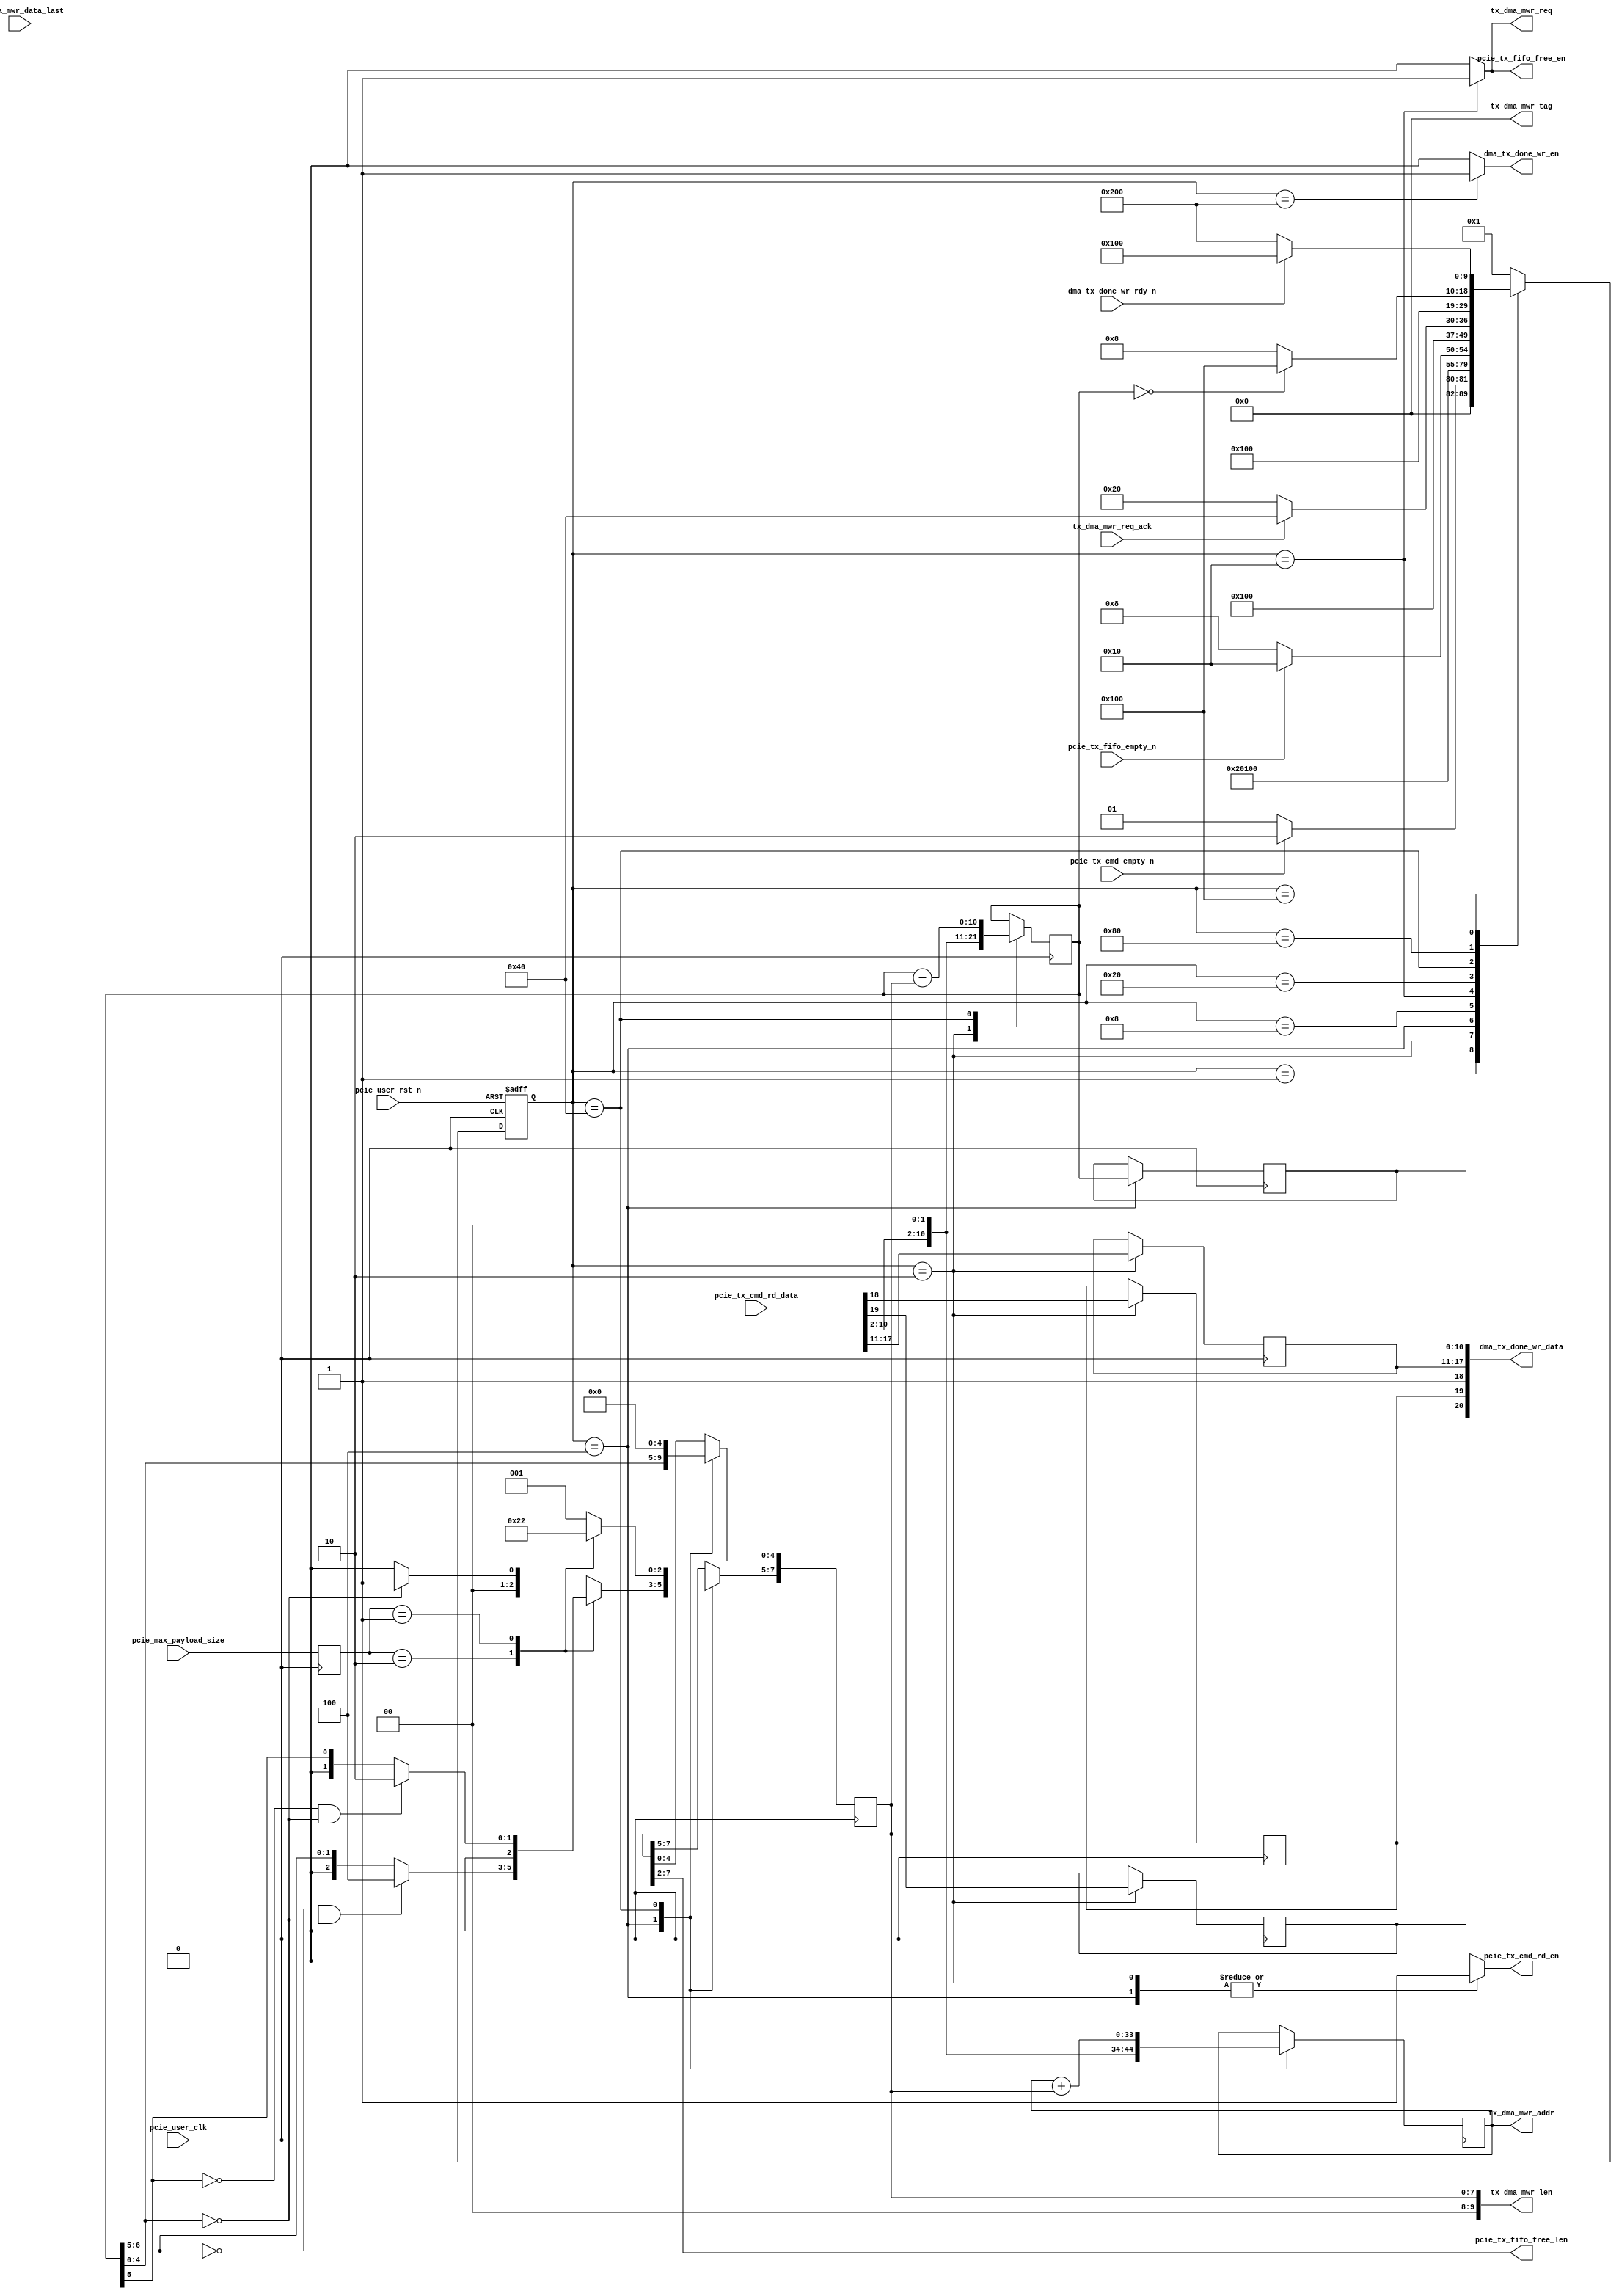

/*
----------------------------------------------------------------------------------
Copyright (c) 2013-2014

  Embedded and Network Computing Lab.
  Open SSD Project
  Hanyang University

All rights reserved.

----------------------------------------------------------------------------------

Redistribution and use in source and binary forms, with or without
modification, are permitted provided that the following conditions are
met:

  1. Redistributions of source code must retain the above copyright
     notice, this list of conditions and the following disclaimer.

  2. Redistributions in binary form must reproduce the above copyright
     notice, this list of conditions and the following disclaimer in the
     documentation and/or other materials provided with the distribution.

  3. All advertising materials mentioning features or use of this source code
     must display the following acknowledgement:
     This product includes source code developed 
     by the Embedded and Network Computing Lab. and the Open SSD Project.

THIS SOFTWARE IS PROVIDED BY THE COPYRIGHT HOLDERS AND CONTRIBUTORS "AS IS" AND
ANY EXPRESS OR IMPLIED WARRANTIES, INCLUDING, BUT NOT LIMITED TO, THE IMPLIED
WARRANTIES OF MERCHANTABILITY AND FITNESS FOR A PARTICULAR PURPOSE ARE
DISCLAIMED. IN NO EVENT SHALL THE COPYRIGHT OWNER OR CONTRIBUTORS BE LIABLE FOR
ANY DIRECT, INDIRECT, INCIDENTAL, SPECIAL, EXEMPLARY, OR CONSEQUENTIAL DAMAGES
(INCLUDING, BUT NOT LIMITED TO, PROCUREMENT OF SUBSTITUTE GOODS OR SERVICES;
LOSS OF USE, DATA, OR PROFITS; OR BUSINESS INTERRUPTION) HOWEVER CAUSED AND
ON ANY THEORY OF LIABILITY, WHETHER IN CONTRACT, STRICT LIABILITY, OR TORT
(INCLUDING NEGLIGENCE OR OTHERWISE) ARISING IN ANY WAY OUT OF THE USE OF THIS
SOFTWARE, EVEN IF ADVISED OF THE POSSIBILITY OF SUCH DAMAGE.

----------------------------------------------------------------------------------

http://enclab.hanyang.ac.kr/
http://www.openssd-project.org/
http://www.hanyang.ac.kr/

----------------------------------------------------------------------------------
*/


`timescale 1ns / 1ps

module pcie_tx_req # (
	parameter	C_PCIE_DATA_WIDTH			= 128,
	parameter	C_PCIE_ADDR_WIDTH			= 36
)
(
	input									pcie_user_clk,
	input									pcie_user_rst_n,

	input	[2:0]							pcie_max_payload_size,

	output									pcie_tx_cmd_rd_en,
	input	[33:0]							pcie_tx_cmd_rd_data,
	input									pcie_tx_cmd_empty_n,

	output									pcie_tx_fifo_free_en,
	output	[9:4]							pcie_tx_fifo_free_len,
	input									pcie_tx_fifo_empty_n,

	output									tx_dma_mwr_req,
	output	[7:0]							tx_dma_mwr_tag,
	output	[11:2]							tx_dma_mwr_len,
	output	[C_PCIE_ADDR_WIDTH-1:2]			tx_dma_mwr_addr,
	input									tx_dma_mwr_req_ack,
	input									tx_dma_mwr_data_last,

	output									dma_tx_done_wr_en,
	output	[20:0]							dma_tx_done_wr_data,
	input									dma_tx_done_wr_rdy_n
);

localparam	S_IDLE							= 10'b0000000001;
localparam	S_PCIE_TX_CMD_0					= 10'b0000000010;
localparam	S_PCIE_TX_CMD_1					= 10'b0000000100;
localparam	S_PCIE_CHK_FIFO					= 10'b0000001000;
localparam	S_PCIE_MWR_REQ					= 10'b0000010000;
localparam	S_PCIE_MWR_ACK					= 10'b0000100000;
localparam	S_PCIE_MWR_DONE					= 10'b0001000000;
localparam	S_PCIE_MWR_NEXT					= 10'b0010000000;
localparam	S_PCIE_DMA_DONE_WR_WAIT			= 10'b0100000000;
localparam	S_PCIE_DMA_DONE_WR				= 10'b1000000000;


reg		[9:0]								cur_state;
reg		[9:0]								next_state;

reg		[2:0]								r_pcie_max_payload_size;
reg											r_pcie_tx_cmd_rd_en;
reg											r_pcie_tx_fifo_free_en;
reg											r_tx_dma_mwr_req;

reg											r_dma_cmd_type;
reg											r_dma_done_check;
reg		[6:0]								r_hcmd_slot_tag;
reg		[12:2]								r_pcie_tx_len;
reg		[12:2]								r_pcie_orig_len;
reg		[9:2]								r_pcie_tx_cur_len;
reg		[C_PCIE_ADDR_WIDTH-1:2]				r_pcie_addr;

reg											r_dma_tx_done_wr_en;

assign pcie_tx_cmd_rd_en = r_pcie_tx_cmd_rd_en;

assign pcie_tx_fifo_free_en = r_pcie_tx_fifo_free_en;
assign pcie_tx_fifo_free_len = r_pcie_tx_cur_len[9:4];

assign tx_dma_mwr_req = r_tx_dma_mwr_req;
assign tx_dma_mwr_tag = 8'b0;
assign tx_dma_mwr_len = {2'b0, r_pcie_tx_cur_len};
assign tx_dma_mwr_addr = r_pcie_addr;

assign dma_tx_done_wr_en = r_dma_tx_done_wr_en;
assign dma_tx_done_wr_data = {r_dma_cmd_type, r_dma_done_check, 1'b1, r_hcmd_slot_tag, r_pcie_orig_len};

always @ (posedge pcie_user_clk or negedge pcie_user_rst_n)
begin
	if(pcie_user_rst_n == 0)
		cur_state <= S_IDLE;
	else
		cur_state <= next_state;
end

always @ (*)
begin
	case(cur_state)
		S_IDLE: begin
			if(pcie_tx_cmd_empty_n == 1)
				next_state <= S_PCIE_TX_CMD_0;
			else
				next_state <= S_IDLE;
		end
		S_PCIE_TX_CMD_0: begin
			next_state <= S_PCIE_TX_CMD_1;
		end
		S_PCIE_TX_CMD_1: begin
			next_state <= S_PCIE_CHK_FIFO;
		end
		S_PCIE_CHK_FIFO: begin
			if(pcie_tx_fifo_empty_n == 1)
				next_state <= S_PCIE_MWR_REQ;
			else
				next_state <= S_PCIE_CHK_FIFO;
		end
		S_PCIE_MWR_REQ: begin
			next_state <= S_PCIE_MWR_ACK;
		end
		S_PCIE_MWR_ACK: begin
			if(tx_dma_mwr_req_ack == 1)
				next_state <= S_PCIE_MWR_DONE;
			else
				next_state <= S_PCIE_MWR_ACK;
		end
		S_PCIE_MWR_DONE: begin
			next_state <= S_PCIE_MWR_NEXT;
		end
		S_PCIE_MWR_NEXT: begin
			if(r_pcie_tx_len == 0)
				next_state <= S_PCIE_DMA_DONE_WR_WAIT;
			else
				next_state <= S_PCIE_CHK_FIFO;
		end
		S_PCIE_DMA_DONE_WR_WAIT: begin
			if(dma_tx_done_wr_rdy_n == 1)
				next_state <= S_PCIE_DMA_DONE_WR_WAIT;
			else
				next_state <= S_PCIE_DMA_DONE_WR;
		end
		S_PCIE_DMA_DONE_WR: begin
			next_state <= S_IDLE;
		end
		default: begin
			next_state <= S_IDLE;
		end
	endcase
end

always @ (posedge pcie_user_clk)
begin
	r_pcie_max_payload_size <= pcie_max_payload_size;
end

always @ (posedge pcie_user_clk)
begin
	case(cur_state)
		S_IDLE: begin

		end
		S_PCIE_TX_CMD_0: begin
			r_dma_cmd_type <= pcie_tx_cmd_rd_data[19];
			r_dma_done_check <= pcie_tx_cmd_rd_data[18];
			r_hcmd_slot_tag <= pcie_tx_cmd_rd_data[17:11];
			r_pcie_tx_len <= {pcie_tx_cmd_rd_data[10:2], 2'b0};
		end
		S_PCIE_TX_CMD_1: begin
			r_pcie_orig_len <= r_pcie_tx_len;
			case(r_pcie_max_payload_size)
				3'b010: begin
					if(r_pcie_tx_len[8:7] == 0 && r_pcie_tx_len[6:2] == 0)
						r_pcie_tx_cur_len[9:7] <= 3'b100;
					else
						r_pcie_tx_cur_len[9:7] <= {1'b0, r_pcie_tx_len[8:7]};
				end
				3'b001: begin
					if(r_pcie_tx_len[7] == 0 && r_pcie_tx_len[6:2] == 0)
						r_pcie_tx_cur_len[9:7] <= 3'b010;
					else
						r_pcie_tx_cur_len[9:7] <= {2'b0, r_pcie_tx_len[7]};
				end
				default: begin
					if(r_pcie_tx_len[6:2] == 0)
						r_pcie_tx_cur_len[9:7] <= 3'b001;
					else
						r_pcie_tx_cur_len[9:7] <= 3'b000;
				end
			endcase

			r_pcie_tx_cur_len[6:2] <= r_pcie_tx_len[6:2];
			r_pcie_addr <= {pcie_tx_cmd_rd_data[33:2], 2'b0};
		end
		S_PCIE_CHK_FIFO: begin

		end
		S_PCIE_MWR_REQ: begin

		end
		S_PCIE_MWR_ACK: begin

		end
		S_PCIE_MWR_DONE: begin
			r_pcie_addr <= r_pcie_addr + r_pcie_tx_cur_len;
			r_pcie_tx_len <= r_pcie_tx_len - r_pcie_tx_cur_len;

			case(r_pcie_max_payload_size)
				3'b010: r_pcie_tx_cur_len <= 8'h80;
				3'b001: r_pcie_tx_cur_len <= 8'h40;
				default: r_pcie_tx_cur_len <= 8'h20;
			endcase
		end
		S_PCIE_MWR_NEXT: begin

		end
		S_PCIE_DMA_DONE_WR_WAIT: begin

		end
		S_PCIE_DMA_DONE_WR: begin

		end
		default: begin

		end
	endcase
end

always @ (*)
begin
	case(cur_state)
		S_IDLE: begin
			r_pcie_tx_cmd_rd_en <= 0;
			r_pcie_tx_fifo_free_en <= 0;
			r_tx_dma_mwr_req <= 0;
			r_dma_tx_done_wr_en <= 0;
		end
		S_PCIE_TX_CMD_0: begin
			r_pcie_tx_cmd_rd_en <= 1;
			r_pcie_tx_fifo_free_en <= 0;
			r_tx_dma_mwr_req <= 0;
			r_dma_tx_done_wr_en <= 0;
		end
		S_PCIE_TX_CMD_1: begin
			r_pcie_tx_cmd_rd_en <= 1;
			r_pcie_tx_fifo_free_en <= 0;
			r_tx_dma_mwr_req <= 0;
			r_dma_tx_done_wr_en <= 0;
		end
		S_PCIE_CHK_FIFO: begin
			r_pcie_tx_cmd_rd_en <= 0;
			r_pcie_tx_fifo_free_en <= 0;
			r_tx_dma_mwr_req <= 0;
			r_dma_tx_done_wr_en <= 0;
		end
		S_PCIE_MWR_REQ: begin
			r_pcie_tx_cmd_rd_en <= 0;
			r_pcie_tx_fifo_free_en <= 1;
			r_tx_dma_mwr_req <= 1;
			r_dma_tx_done_wr_en <= 0;
		end
		S_PCIE_MWR_ACK: begin
			r_pcie_tx_cmd_rd_en <= 0;
			r_pcie_tx_fifo_free_en <= 0;
			r_tx_dma_mwr_req <= 0;
			r_dma_tx_done_wr_en <= 0;
		end
		S_PCIE_MWR_DONE: begin
			r_pcie_tx_cmd_rd_en <= 0;
			r_pcie_tx_fifo_free_en <= 0;
			r_tx_dma_mwr_req <= 0;
			r_dma_tx_done_wr_en <= 0;
		end
		S_PCIE_MWR_NEXT: begin
			r_pcie_tx_cmd_rd_en <= 0;
			r_pcie_tx_fifo_free_en <= 0;
			r_tx_dma_mwr_req <= 0;
			r_dma_tx_done_wr_en <= 0;
		end
		S_PCIE_DMA_DONE_WR_WAIT: begin
			r_pcie_tx_cmd_rd_en <= 0;
			r_pcie_tx_fifo_free_en <= 0;
			r_tx_dma_mwr_req <= 0;
			r_dma_tx_done_wr_en <= 0;
		end
		S_PCIE_DMA_DONE_WR: begin
			r_pcie_tx_cmd_rd_en <= 0;
			r_pcie_tx_fifo_free_en <= 0;
			r_tx_dma_mwr_req <= 0;
			r_dma_tx_done_wr_en <= 1;
		end
		default: begin
			r_pcie_tx_cmd_rd_en <= 0;
			r_pcie_tx_fifo_free_en <= 0;
			r_tx_dma_mwr_req <= 0;
			r_dma_tx_done_wr_en <= 0;
		end
	endcase
end

endmodule